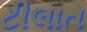
ટીલાત